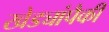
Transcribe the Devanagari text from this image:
खेड्यांपैकी